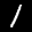
Label: 1